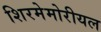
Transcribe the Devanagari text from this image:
शिरमेमोरीयल